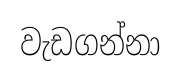
වැඩගන්නා